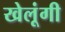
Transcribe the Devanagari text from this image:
खेलूंगी